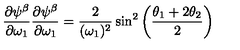
{ \frac { \partial \psi ^ { \beta } } { \partial \omega _ { 1 } } } { \frac { \partial \psi ^ { \beta } } { \partial \omega _ { 1 } } } = { \frac { 2 } { ( \omega _ { 1 } ) ^ { 2 } } } \sin ^ { 2 } \left( { \frac { \theta _ { 1 } + 2 \theta _ { 2 } } { 2 } } \right)